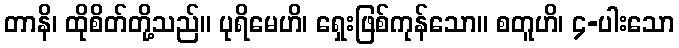
တာနိ၊ ထိုစိတ်တို့သည်။ ပုရိမေဟိ၊ ရှေးဖြစ်ကုန်သော။ စတူဟိ၊ ၄-ပါးသော